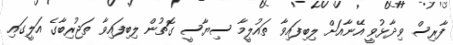
ފާރިސް ވިދާޅުވީ އޭނާއަށް ލިބިފައިވާ ތައުލީމާ ސިޔާސީ ގޮތުން ލިބިފައިވާ ތަޖުރިބާގެ އަލީގައި